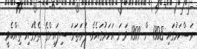
ރަސްކަމުގައި 1308 ން 1309 ވަނަ އަހަރުގައެވެ. ފުރަތަމަ ސިފައިންގެ ތެރޭގައި ތިއްބެވީ